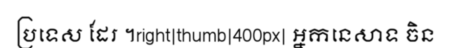
ប្រទេស ដែរ ។right|thumb|400px| អ្នកនេសាទ ចិន